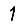
Digit: 1